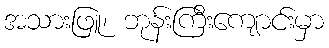
အသားဖြူ၊ ဘုန်းကြီးကျောင်းမှာ